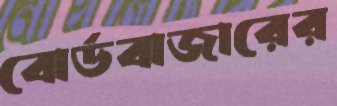
বোর্ডবাজারের